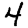
Digit: 4